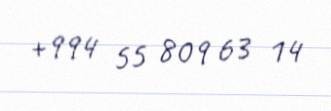
+994 55 809 63 14